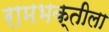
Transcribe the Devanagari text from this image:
रामभक्तीला